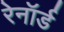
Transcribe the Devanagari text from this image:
रेनॉर्ड